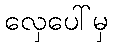
လှေပေါ်မှ